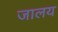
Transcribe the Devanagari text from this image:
जालय